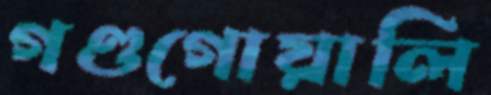
গণ্ডগোয়ালি